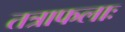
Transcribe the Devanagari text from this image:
तत्राफलाः